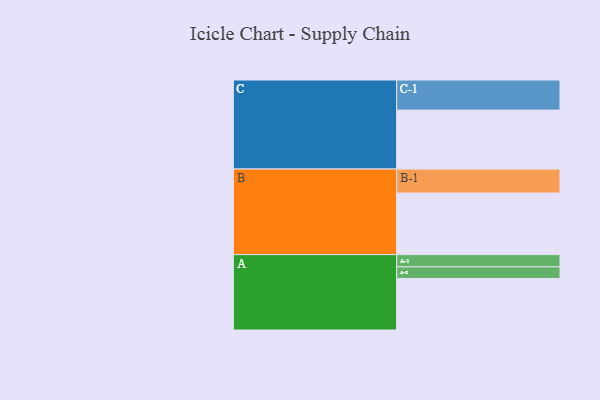
{"axis": {"x": "Segment", "y": "Value"}, "legend": ["", "A", "B", "C"], "data": [{"x": "A", "y": 502, "type": ""}, {"x": "B", "y": 599, "type": ""}, {"x": "C", "y": 574, "type": ""}, {"x": "A-1", "y": 119, "type": "A"}, {"x": "A-2", "y": 113, "type": "A"}, {"x": "B-1", "y": 234, "type": "B"}, {"x": "C-1", "y": 293, "type": "C"}]}